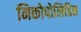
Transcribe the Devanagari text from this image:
निकोपोलिडिस